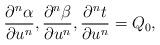
LaTeX: \begin{align*} \frac{\partial^n\alpha}{\partial u^n},\frac{\partial^n\beta}{\partial u^n},\frac{\partial^nt}{\partial u^n}=Q_0,\end{align*}